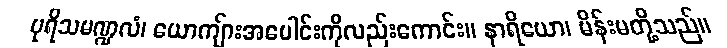
ပုရိသမဏ္ဍလံ၊ ယောကျ်ားအပေါင်းကိုလည်းကောင်း။ နာရိယော၊ မိန်းမတို့သည်။